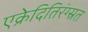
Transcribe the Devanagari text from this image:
एक्रेदितिरंग्स्रत